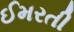
ઈમરતી